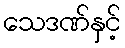
သေဒဏ်နှင့်